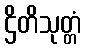
ဌိတိသုတ္တံ